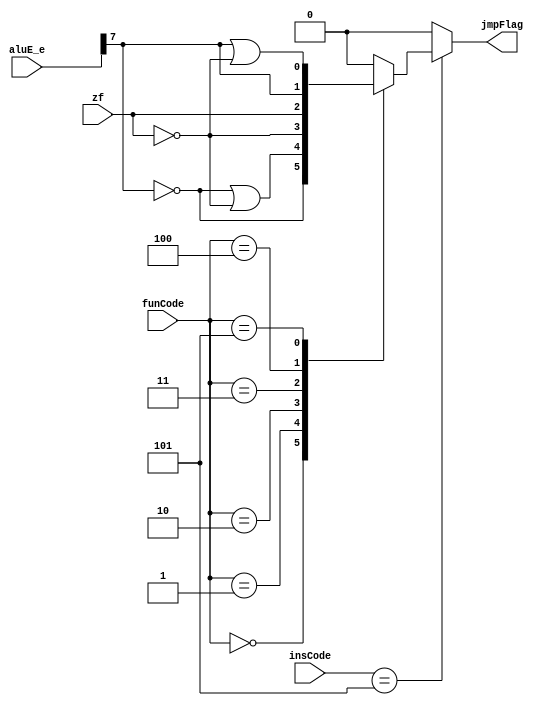
`ifndef JMP_GENE_V_ 
`define JMP_GENE_V_ 

module JmpGenerator(
    input [3:0] insCode,
    input [3:0] funCode,
    input [7:0] aluE_e,
    input       zf, 

    output reg jmpFlag
);

    always @(*) begin 
        if( insCode == 4'b0101) begin 
            case( funCode) 
                4'b0000 : jmpFlag = !aluE_e[7];
                4'b0001 : jmpFlag = !aluE_e[7] | !zf;
                4'b0010 : jmpFlag = !zf;
                4'b0011 : jmpFlag = zf;
                4'b0100 : jmpFlag = aluE_e[7]; 
                4'b0101 : jmpFlag = aluE_e[7] | !zf;
                default : jmpFlag = 1'b0;
            endcase
        end
        else 
            jmpFlag = 1'b0;
    end

endmodule

`endif